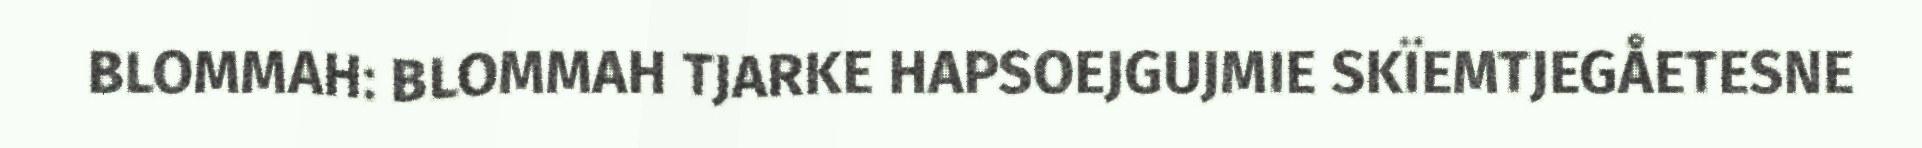
BLOMMAH: BLOMMAH TJARKE HAPSOEJGUJMIE SKÏEMTJEGÅETESNE